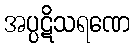
အပ္ပဋိသရဏေ